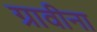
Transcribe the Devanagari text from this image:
ग्रावीना